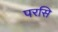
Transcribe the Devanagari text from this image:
परसि